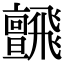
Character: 𩙼